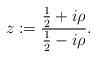
LaTeX: \begin{align*}z:=\frac{\frac{1}{2}+i\rho}{\frac{1}{2}-i\rho}. \end{align*}